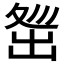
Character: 𡕜